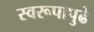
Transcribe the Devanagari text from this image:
स्वरूपापुढे